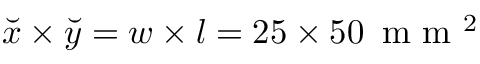
\breve { x } \times \breve { y } = w \times l = 2 5 \times 5 0 \, \textrm { m m } ^ { 2 }